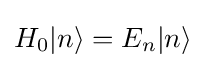
H_{0}|n\rangle =E_{n}|n\rangle